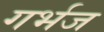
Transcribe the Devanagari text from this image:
गर्भज